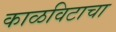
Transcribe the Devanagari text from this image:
काळविटाचा